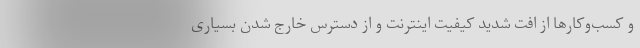
و کسب‌وکارها از افت شدید کیفیت اینترنت و از دسترس خارج شدن بسیاری